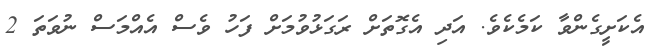
އެކަށީގެންވާ ކަމެކެވެ. އަދި އެގޮތަށް ރަގަޅުވުމަށް ފަހު ވެސް އެއްމަސް ނުވަތަ 2